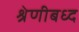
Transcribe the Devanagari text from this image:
श्रेणीबध्द